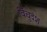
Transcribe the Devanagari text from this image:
विंचुदंश